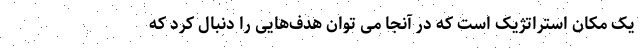
یک مکان استراتژیک است که در آنجا می توان هدف‌هایی را دنبال کرد که